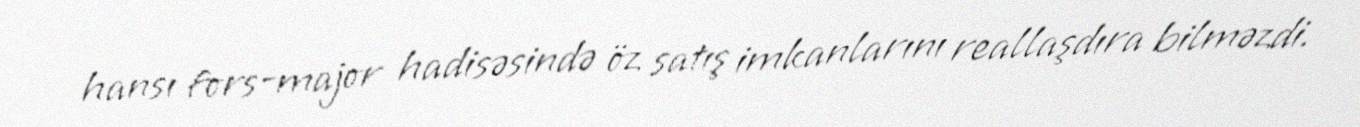
hansı fors-major hadisəsində öz satış imkanlarını reallaşdıra bilməzdi.